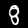
Label: 8